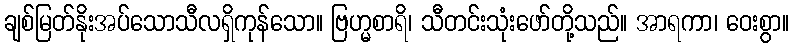
ချစ်မြတ်နိုးအပ်သောသီလရှိကုန်သော။ ဗြဟ္မစာရိ၊ သီတင်းသုံးဖော်တို့သည်။ အာရကာ၊ ဝေးစွာ။